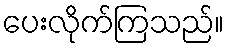
ပေးလိုက်ကြသည်။